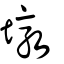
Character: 墪